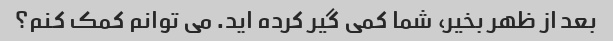
بعد از ظهر بخیر، شما کمی گیر کرده اید. می توانم کمک کنم؟